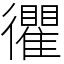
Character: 忂